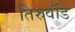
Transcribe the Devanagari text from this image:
तिरुवंडि